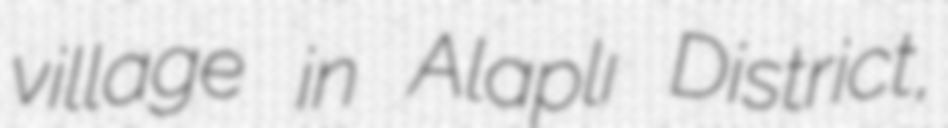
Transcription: village in Alaplı District,